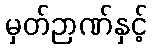
မှတ်ဉာဏ်နှင့်